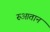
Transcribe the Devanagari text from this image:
रुआतान